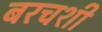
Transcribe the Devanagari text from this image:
बरचशी